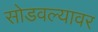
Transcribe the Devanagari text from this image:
सोडवल्यावर